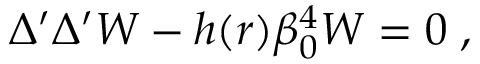
\Delta ^ { \prime } \Delta ^ { \prime } W - h ( r ) \beta _ { 0 } ^ { 4 } W = 0 \; ,